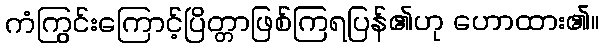
ကံကြွင်းကြောင့်ပြိတ္တာဖြစ်ကြရပြန်၏ဟု ဟောထား၏။